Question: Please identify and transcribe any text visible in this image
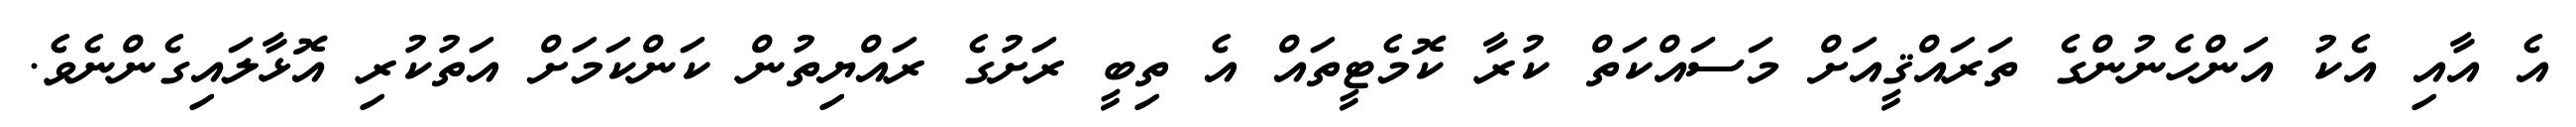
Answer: އެ އާއި އެކު އަންހެނުންގެ ތަރައްޤީއަށް މަސައްކަތް ކުރާ ކޮމެޓީތައް އެ ތިބީ ރަށުގެ ރައްޔިތުން ކަންކަމަށް އަތުކުރި އޮޅާލައިގެންނެވެ.